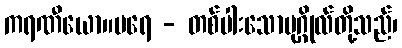
ကရဏီယော။ပရေ - တစ်ပါးသောပုဂ္ဂိုလ်တို့သည်၊